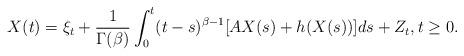
LaTeX: \begin{align*}X(t)=\xi_t+\frac{1}{\Gamma(\beta)} \int_0^t (t-s)^{\beta-1} [A X(s)+h(X(s))] ds + Z_t,t\ge 0.\end{align*}